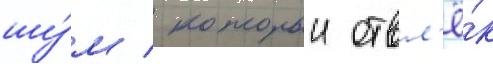
шу́м / которыи отвл'ё́к